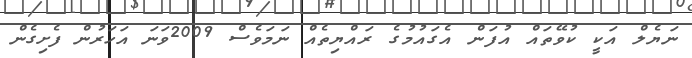
ނަޔެލް އަކީ ކުވޭތައް އުފަން އެގައުމުގެ ރައްޔިތެއް ނަމަވެސް 2009ވަނަ އަހަރުން ފެށިގެން